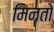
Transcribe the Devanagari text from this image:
मिनतो